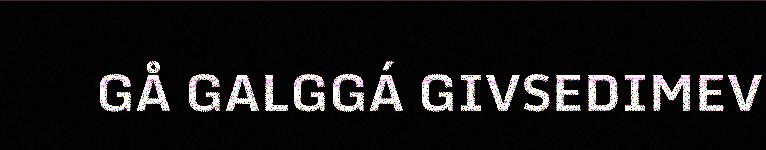
GÅ GALGGÁ GIVSEDIMEV